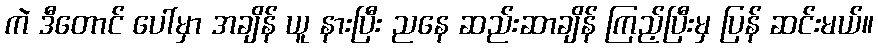
ကဲ ဒီတောင် ပေါ်မှာ အချိန် ယူ နားပြီး ညနေ ဆည်းဆာချိန် ကြည့်ပြီးမှ ပြန် ဆင်းမယ်။